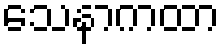
သေနာကထာ